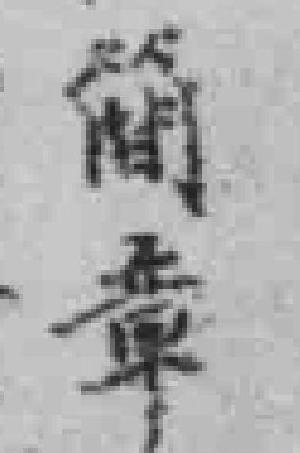
簡章